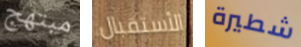
مبتهج الأستقبال شطيرة